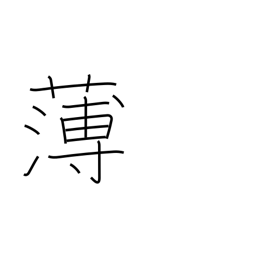
Meaning: weak (tea)